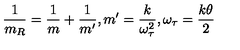
\frac { 1 } { m _ { R } } = \frac { 1 } { m } + \frac { 1 } { m ^ { \prime } } , m ^ { \prime } = \frac { k } { \omega _ { \tau } ^ { 2 } } , \omega _ { \tau } = \frac { k \theta } { 2 }